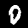
Label: 0